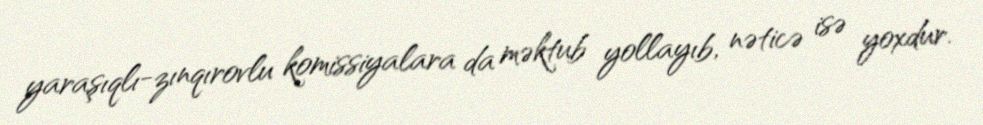
yaraşıqlı-zınqırovlu komissiyalara da məktub yollayıb, nəticə isə yoxdur.